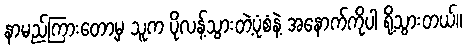
နာမည်ကြားတော့မှ သူက ပိုလန့်သွားတဲ့ပုံစံနဲ့ အနောက်ကိုပါ ရို့သွားတယ်။